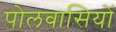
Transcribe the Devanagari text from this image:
पोलवासियों